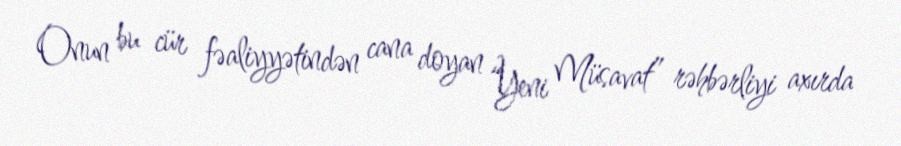
Onun bu cür fəaliyyətindən cana doyan “Yeni Müsavat” rəhbərliyi axırda